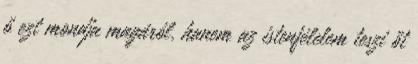
ő ezt mondja magáról, hanem az istenfélelem teszi őt